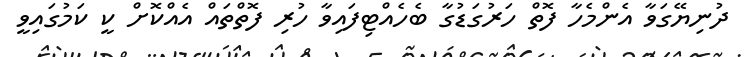
ދުނިޔޭގަވާ އެންމެހާ ފޮތް ހަރުގަޑުގާ ބެހެއްޓިފައިވާ ހުރި ފޮތްތައް އެއްކޮށް ކީ ކަމުގައިވީ